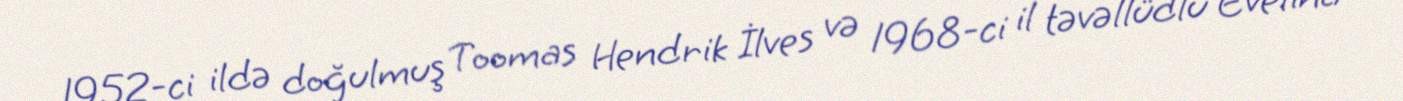
1952-ci ildə doğulmuş Toomas Hendrik İlves və 1968-ci il təvəllüdlü Evelina